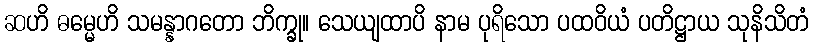
ဆဟိ ဓမ္မေဟိ သမန္နာဂတော ဘိက္ခု။ သေယျထာပိ နာမ ပုရိသော ပထဝိယံ ပတိဋ္ဌာယ သုနိသိတံ